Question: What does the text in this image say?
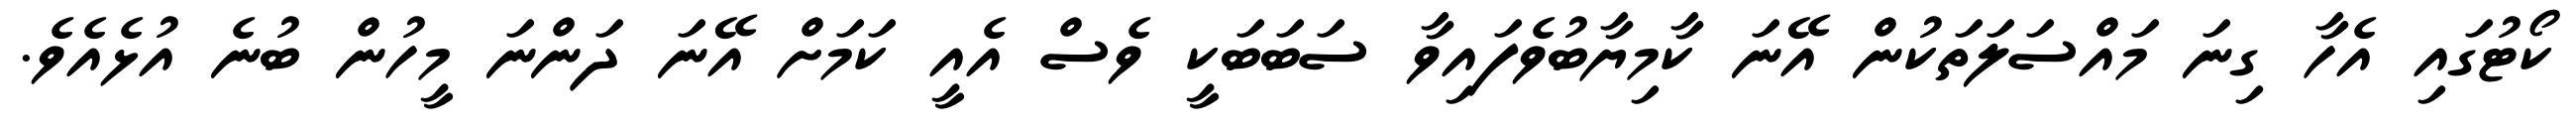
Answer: ކޯޓުގައި އެހާ ގިނަ މައްސަލަތަކުން އޭނަ ކާމިޔާބުވެފައިވާ ސަބަބަކީ ވެސް އެއީ ކަމަށް އޭނަ ދަންނަ މީހުން ބުނެ އުޅެއެވެ.